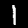
Label: 1